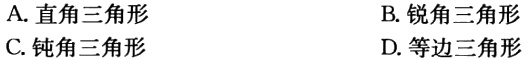
A. 直角三角形
B. 锐角三角形
C. 钝角三角形
D. 等边三角形